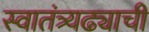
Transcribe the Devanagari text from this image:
स्वातंत्र्यढ्याची